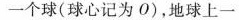
一个球(球心记为O)，地球上一